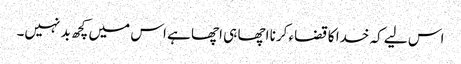
اس لیے کہ خدا کا قضاء کرنا اچھا ہی اچھا ہے اس میں کچھ بد نہیں۔